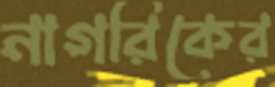
নাগরিকের